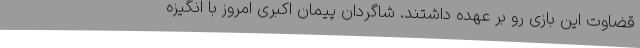
قضاوت این بازی رو بر عهده داشتند. شاگردان پیمان اکبری امروز با انگیزه